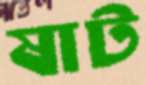
ষাট